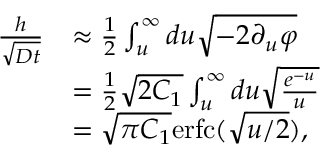
\begin{array} { r l } { \frac { h } { \sqrt { D t } } } & { \approx \frac { 1 } { 2 } \int _ { u } ^ { \infty } d u \sqrt { - 2 \partial _ { u } \varphi } } \\ & { = \frac { 1 } { 2 } \sqrt { 2 C _ { 1 } } \int _ { u } ^ { \infty } d u \sqrt { \frac { e ^ { - u } } { u } } } \\ & { = \sqrt { \pi C _ { 1 } } \mathrm { e r f c } ( \sqrt { u / 2 } ) , } \end{array}